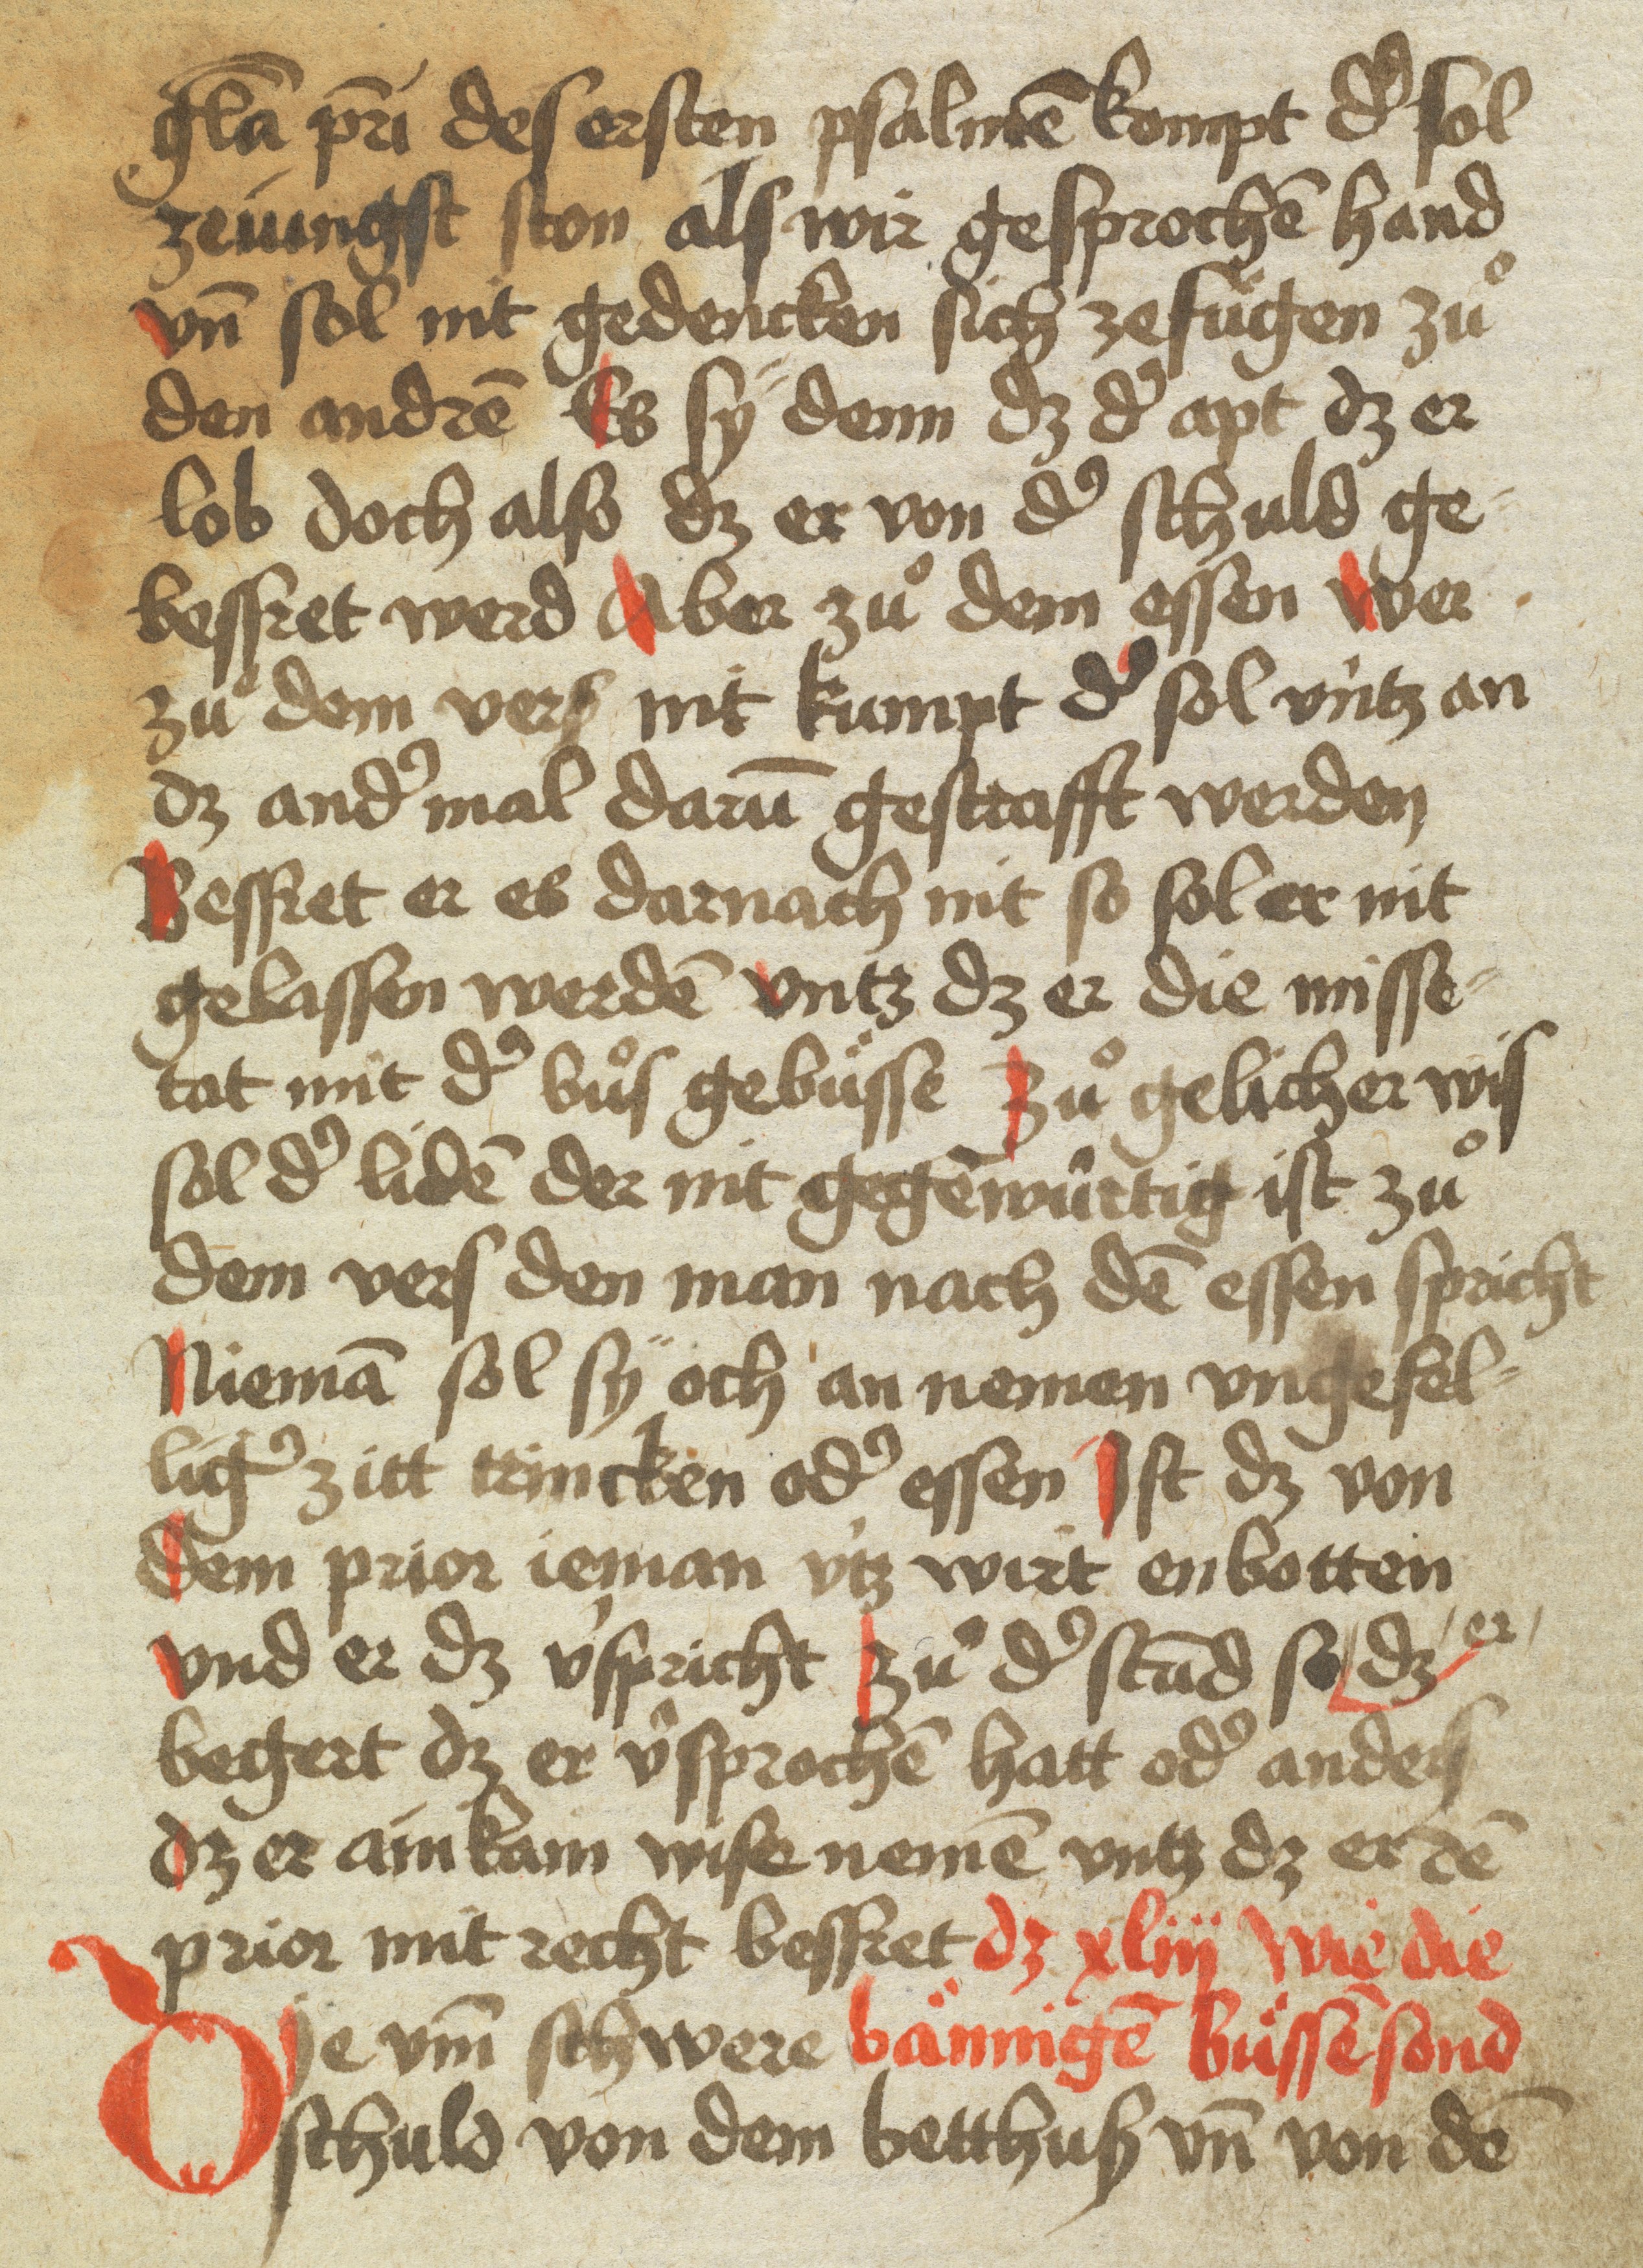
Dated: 1400–1599